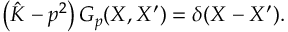
\left( \hat { K } - p ^ { 2 } \right) G _ { p } ( X , X ^ { \prime } ) = \delta ( X - X ^ { \prime } ) .